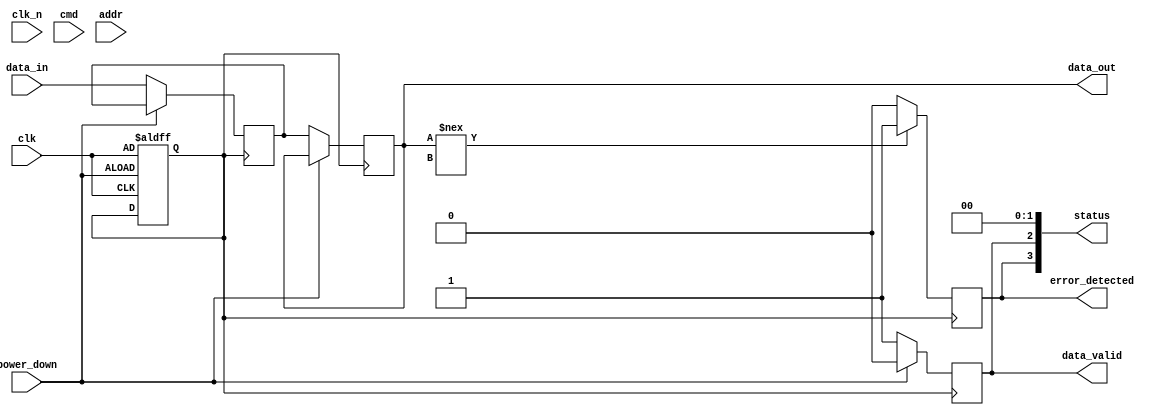
module gddr6x_io_block (
    input wire clk,               // Clock input
    input wire clk_n,             // Inverted clock input
    input wire [3:0] cmd,         // Command signals
    input wire [3:0] addr,        // Address signals
    input wire [15:0] data_in,    // Data input
    output wire [15:0] data_out,  // Data output
    output wire data_valid,        // Data valid signal
    output wire error_detected,    // Error detection signal
    input wire power_down,         // Power down control
    output wire [3:0] status       // Status signals
);

    // Internal signals
    wire [15:0] encoded_data;
    wire [15:0] decoded_data;
    wire clk_out;
    wire clk_out_n;
    reg [3:0] state;

    // Clock Management: Clock Data Recovery (CDR)
    always @(posedge clk or negedge power_down) begin
        if (!power_down) begin
            // Clock recovery logic (simplified)
            clk_out <= clk;
            clk_out_n <= clk_n;
        end
    end

    // Data Encoding (PAM4)
    function [15:0] pam4_encode(input [15:0] data);
        // Simplified PAM4 encoding logic
        pam4_encode = {data[15:14], data[13:12], data[11:10], data[9:8], data[7:6], data[5:4], data[3:2], data[1:0]};
    endfunction

    // Data Decoding (PAM4)
    function [15:0] pam4_decode(input [15:0] encoded_data);
        // Simplified PAM4 decoding logic
        pam4_decode = {encoded_data[15:14], encoded_data[13:12], encoded_data[11:10], encoded_data[9:8], encoded_data[7:6], encoded_data[5:4], encoded_data[3:2], encoded_data[1:0]};
    endfunction

    // Data I/O Logic
    always @(posedge clk_out) begin
        if (!power_down) begin
            // Encoding data on write
            encoded_data <= pam4_encode(data_in);
            // Simulate data output
            data_out <= pam4_decode(encoded_data);
            data_valid <= 1'b1; // Indicate valid data
        end else begin
            data_valid <= 1'b0; // No valid data in power down mode
        end
    end

    // Error Detection Logic (simplified)
    always @(posedge clk_out) begin
        if (data_out !== decoded_data) begin
            error_detected <= 1'b1; // Error detected
        end else begin
            error_detected <= 1'b0; // No error
        end
    end

    // Finite State Machine (FSM) for control logic
    always @(posedge clk_out) begin
        case (state)
            4'b0000: begin
                // Initialization state
                if (cmd == 4'b0001) state <= 4'b0001; // Example command
            end
            4'b0001: begin
                // Command processing state
                // Add command processing logic here
            end
            // Add more states as needed
            default: state <= 4'b0000; // Reset to initialization
        endcase
    end

    // Status output logic
    assign status = {error_detected, data_valid, 2'b00}; // Example status output

endmodule